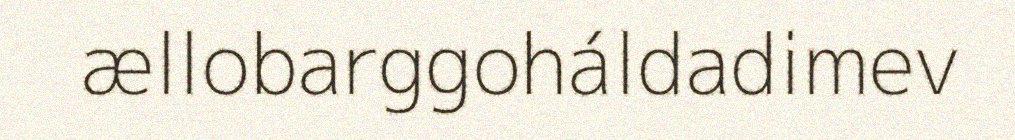
ællobarggoháldadimev